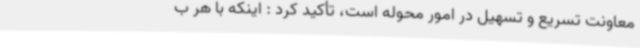
معاونت تسریع و تسهیل در امور محوله است، تأکید کرد : اینکه با هر ب